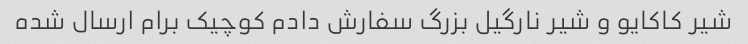
شیر کاکایو و شیر نارگیل بزرگ سفارش دادم کوچیک برام ارسال شده